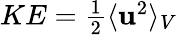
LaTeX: \begin{array}{r}{KE=\frac{1}{2}\langle\mathbf{u}^{2}\rangle_{V}}\end{array}